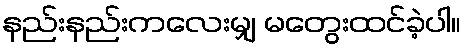
နည်းနည်းကလေးမျှ မတွေးထင်ခဲ့ပါ။